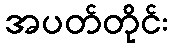
အပတ်တိုင်း